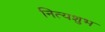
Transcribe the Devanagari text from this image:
नित्यशुभ